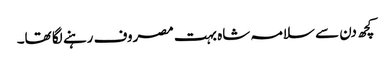
کچھ دن سے سلامہ شاہ بہت مصروف رہنے لگا تھا۔